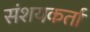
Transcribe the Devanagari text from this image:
संशयकर्ता